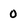
Character: o